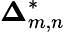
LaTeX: {\boldsymbol{\Delta}}_{m,n}^{*}